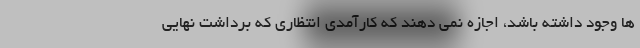
ها وجود داشته باشد، اجازه نمی دهند که کارآمدی انتظاری که برداشت نهایی